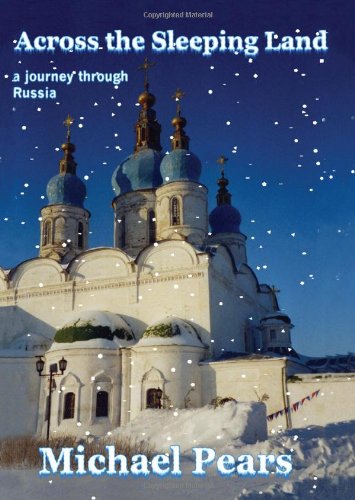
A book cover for Across the Sleeping Land: A Journey Through Russia; Michael Pears; Travel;